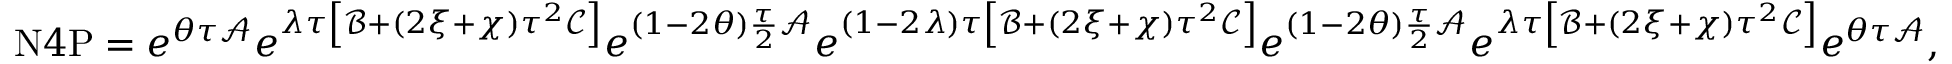
\begin{array} { r } { \mathrm { N } 4 \mathrm { P } = e ^ { \theta \tau \mathcal { A } } e ^ { \lambda \tau \left[ \mathcal { B } + ( 2 \xi + \chi ) \tau ^ { 2 } \mathcal { C } \right] } e ^ { ( 1 - 2 \theta ) \frac { \tau } { 2 } \mathcal { A } } e ^ { ( 1 - 2 \lambda ) \tau \left[ \mathcal { B } + ( 2 \xi + \chi ) \tau ^ { 2 } \mathcal { C } \right] } e ^ { ( 1 - 2 \theta ) \frac { \tau } { 2 } \mathcal { A } } e ^ { \lambda \tau \left[ \mathcal { B } + ( 2 \xi + \chi ) \tau ^ { 2 } \mathcal { C } \right] } e ^ { \theta \tau \mathcal { A } } , } \end{array}